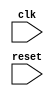
module UART_controller (
    input wire clk,
    input wire reset,
    // Additional input and output signals
);

// Timing control block
// Add code for generating clock signals and timing control here

// Synchronization block
// Add code for synchronizing incoming and outgoing data streams here

// UART bus controller
// Add code for coordinating timing control and synchronization blocks here

endmodule